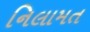
નિલામત